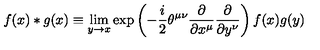
f ( x ) * g ( x ) \equiv \lim _ { y \rightarrow x } \exp \left( - \frac { i } { 2 } \theta ^ { \mu \nu } \frac { \partial } { \partial x ^ { \mu } } \frac { \partial } { \partial y ^ { \nu } } \right) f ( x ) g ( y )